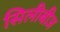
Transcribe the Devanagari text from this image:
सिलीबीज